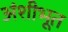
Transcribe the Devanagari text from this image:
अंशीभूत